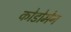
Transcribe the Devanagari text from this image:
कोडोमेन